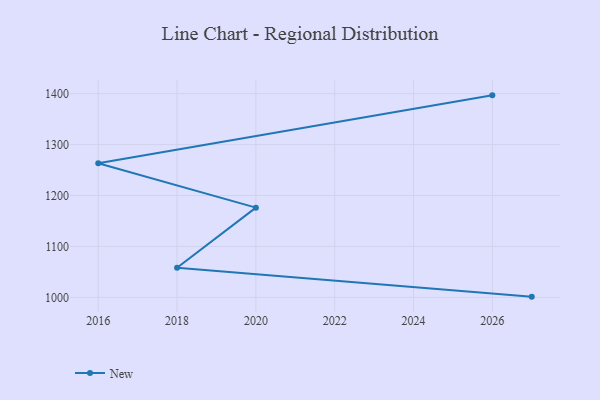
{"axis": {"x": "Year", "y": "Satisfaction Score"}, "legend": ["New"], "data": [{"x": "2027", "y": 1001.4, "type": "New"}, {"x": "2018", "y": 1058.0, "type": "New"}, {"x": "2020", "y": 1176.1, "type": "New"}, {"x": "2016", "y": 1263.2, "type": "New"}, {"x": "2026", "y": 1396.6, "type": "New"}]}